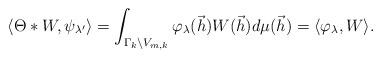
LaTeX: \begin{align*}\langle \Theta*W,\psi_{\lambda^{\prime}} \rangle&= \int_{\Gamma_k \backslash V_{m,k}} \varphi_{\lambda}(\vec{h}) W(\vec{h})d\mu(\vec{h})=\langle \varphi_{\lambda},W \rangle.\end{align*}